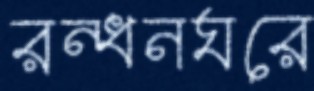
রন্ধনঘরে